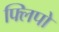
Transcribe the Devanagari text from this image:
फ्लिपो